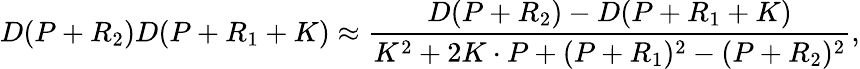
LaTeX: D(P+R_{2})D(P+R_{1}+K)\approx\frac{D(P+R_{2})-D(P+R_{1}+K)}{K^{2}+2K\cdot P+(P+R_{1})^{2}-(P+R_{2})^{2}},